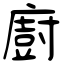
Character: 廚